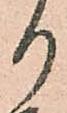
り